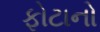
ફોટાનો